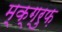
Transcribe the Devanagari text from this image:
म्क्ग्रुफ़